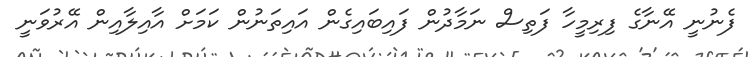
ފެނުނީ އޭނާގެ ފިރިމީހާ ފަތިސް ނަމާދުން ފައިބައިގެން އައިތަނުން ކަމަށް އާއިލާއިން އޭރުވަނީ